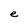
Character: e